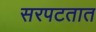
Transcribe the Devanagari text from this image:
सरपटतात